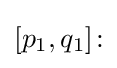
[p_{1},q_{1}]\!: